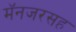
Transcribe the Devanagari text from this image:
मॅनजरसह